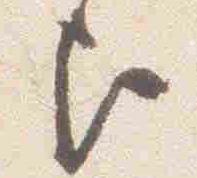
歟